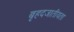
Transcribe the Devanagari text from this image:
बृहदजातीयता